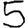
Digit: 5